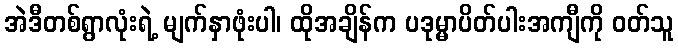
အဲဒီတစ်ရွာလုံးရဲ့ မျက်နှာဖုံးပါ၊ ထိုအချိန်က ပဒုမ္မာပိတ်ပါးအကျီကို ဝတ်သူ